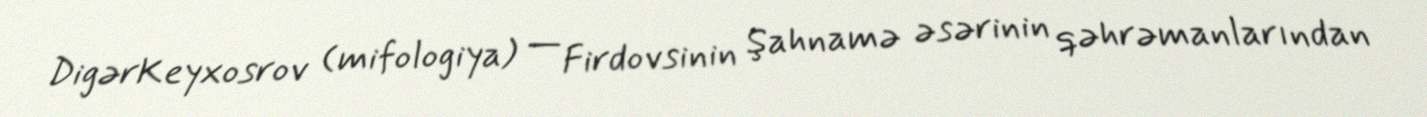
DigərKeyxosrov (mifologiya) — Firdovsinin Şahnamə əsərinin qəhrəmanlarından